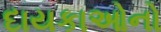
દાયકાઓનો